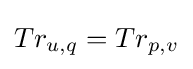
Tr_{u,q}=Tr_{p,v}